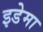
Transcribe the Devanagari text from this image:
इडेमा